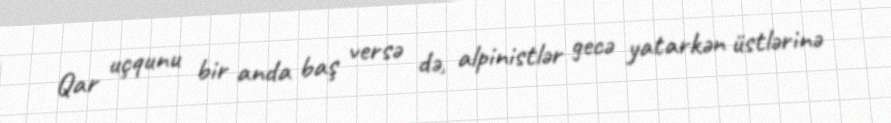
Qar uçqunu bir anda baş versə də, alpinistlər gecə yatarkən üstlərinə